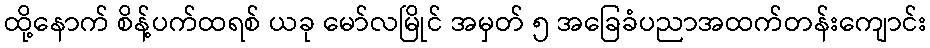
ထို့နောက် စိန့်ပက်ထရစ် ယခု မော်လမြိုင် အမှတ် ၅ အခြေခံပညာအထက်တန်းကျောင်း